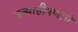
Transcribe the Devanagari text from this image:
उत्साहीपणाचे